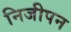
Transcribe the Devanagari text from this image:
निजीपन